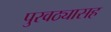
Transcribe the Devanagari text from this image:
पुरवठ्यासह